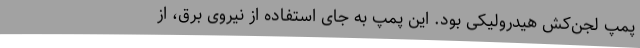
پمپ لجن‌کش هیدرولیکی بود. این پمپ به جای استفاده از نیروی برق، از